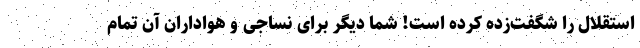
استقلال را شگفت‌زده کرده است! شما دیگر برای نساجی و هواداران آن تمام